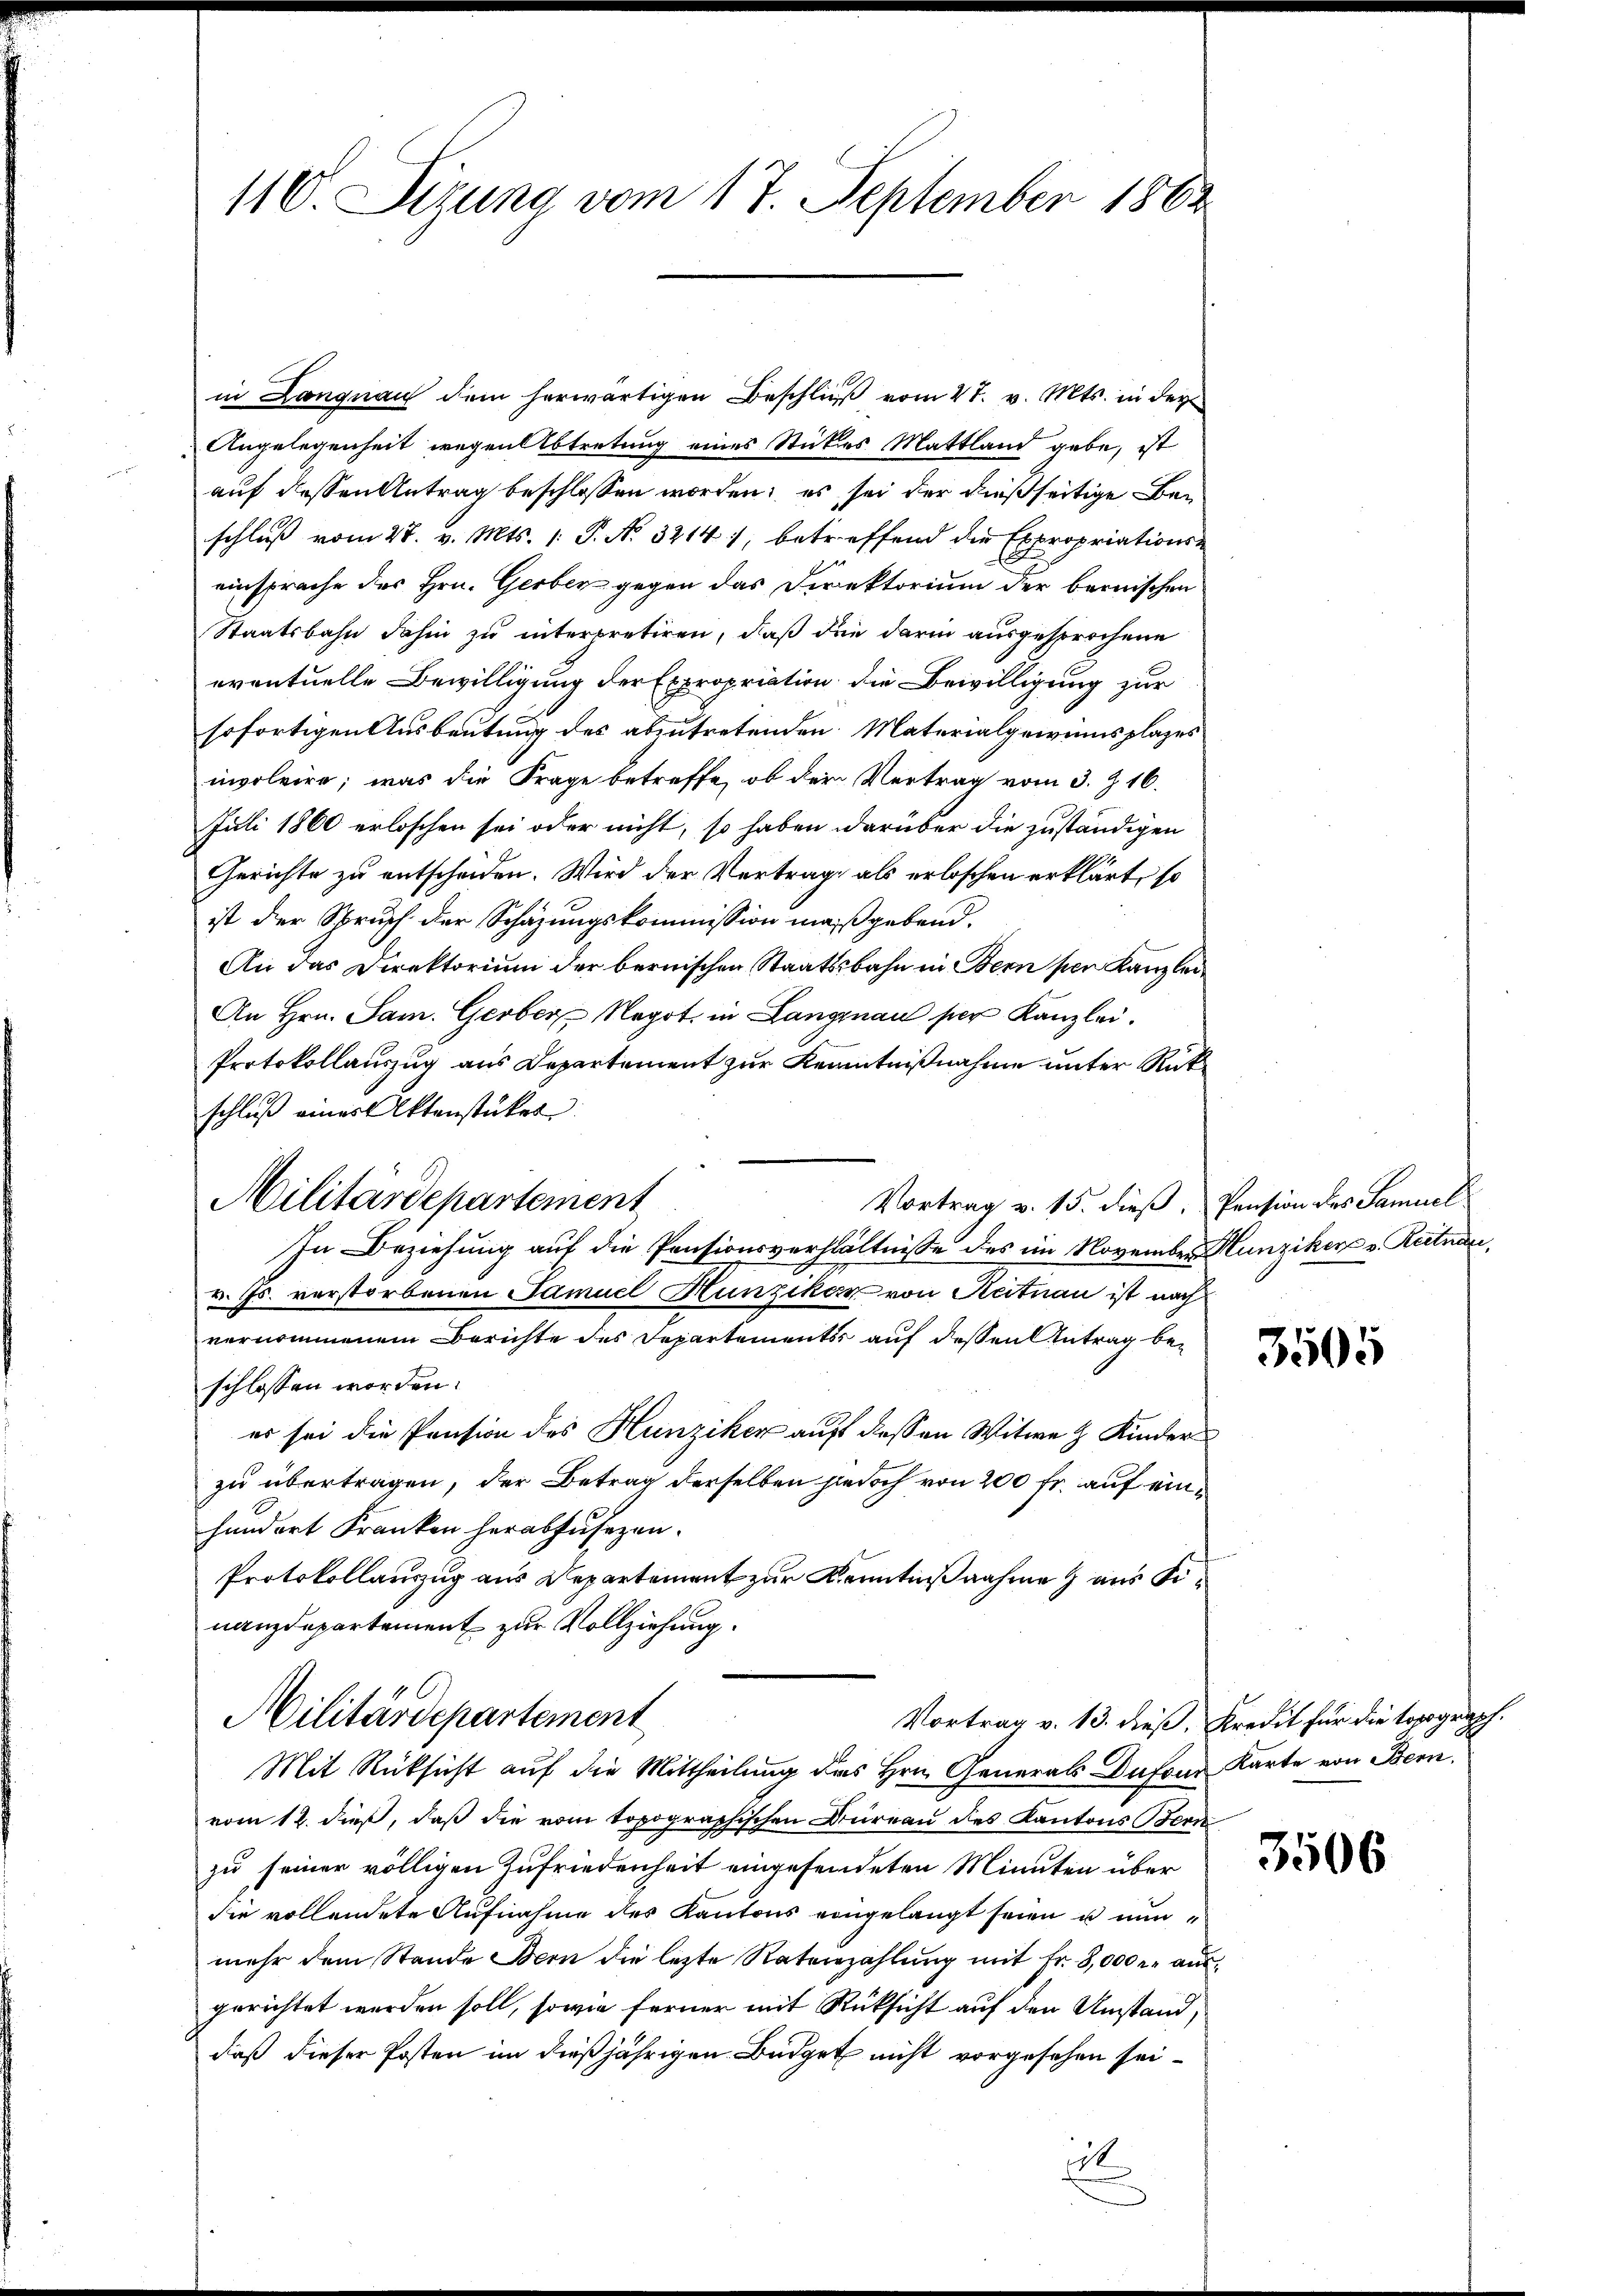
110. Sizung vom 17. September 1862

in Langnau dem herwärtigen Beschluß vom 27. v. Mts. in der
Angelegenheit wegen Abtretung eines Stückes Mattland gebe, ist
auf dessen Antrag beschlossen worden; es sei der dießseitige Beschluß vom 27. v. Mts. 1. P. N. 32141, betreffend die Expropriations-
einsprache des Hrn. Gerben gegen das Direktorium der bernischen
Staatsbahn dahin zu interpretiren, daß die darin ausgesprochene
eventuelle Bewilligung der Expropriation die Bewilligung zur
sofortigen Ausbeutung des abzutretenden Materialgewinnsplazes
involvire; was die Frage betreffe, ob der Vertrag vom 3. Z. 16.
Juli 1860 erloschen sei oder nicht, so haben darüber die zuständigen
Gerichte zu entscheiden. Wird der Vertrag, als erloschen erklärt, so
ist der Spruch der Schazungskommission maßgebend.
An das Direktorium der bernischen Staatsbahn in Bern per Kanzlei
An Hrn. Sam. Gerber Negot, in Langnau per Kanzlei.
Protokollauszug aus Departement zur Kenntnißnahme unter Rükschluß eines Aktenstücket
Vortrag v. 15. dieß. Pension des Samuel
In Beziehung auf die Pensionsverhältnisse des im November Hunzikers v. Reitnau,
v. Js. verstorbenen Samuel Hunziker von Aetnau ist nach
vernommenem Berichte des Departements auf dessen Antrag beschlossen worden.
es sei die Pension des Hunziker auf dessen Witwe H. Kinder
zu übertragen, der Betrag derselben jedoch von 200 fr. auf einhundort Franken herabfuhrzen.
Protokollanzug aus Departement zur Kenntnißnahme aus Sinanzdepartement zur Vollziehung.
Militärdepartement
Vortrag v. 13. dieß, Kredit für die topograph.
Mit Rücksicht auf die Mittheilung des Hrn. Generals Dufour Karte von Bern.
vom 12. dieß, daß die vom topographischen Bureau des Kantons Bern
zu seiner völligen Zufriedenheit eingesendeten Minuten über
die vollendete Aufnahme des Kantons eingelangt seien u nunmehr dem Stande Bern die letzte Ratenzahlŭng mit Fr. 8,000 r. aŭs
gerichtet werden soll, sowie ferner mit Rücksicht auf den Umstand,
daß dieser Posten im dießjährigen Büdget nicht vorgesehen sei.
t

Militärdepartement

3505

3506